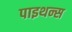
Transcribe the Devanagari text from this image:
पाइथन्स